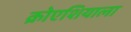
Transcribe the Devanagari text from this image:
क्रोएशियाला